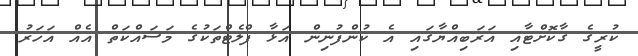
ކުރީގެ ގާކޮށްޓާއި އަރަބިއްޔާގައި އެ ކުންފުނިން އަޅާ ފްލެޓްތަކުގެ މަސައްކަތް އެއް އަހަރު